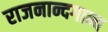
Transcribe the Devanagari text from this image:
राजनान्दगान्व